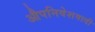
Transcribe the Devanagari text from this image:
औपनिवेशवादी